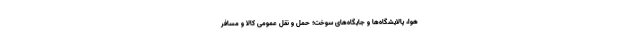
هوا، پالایشگاه‌ها و جایگاه‌های سوخت؛ حمل و نقل عمومی کالا و مسافر